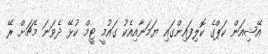
އޭޝިއަން ކަޕްގެ ކޮލިފައިންގައި ޔަމަނާއިއެކު ގައުމީ ޓީމް ކުޅޭ ދެވަނަ މެޗަށް ރޭ